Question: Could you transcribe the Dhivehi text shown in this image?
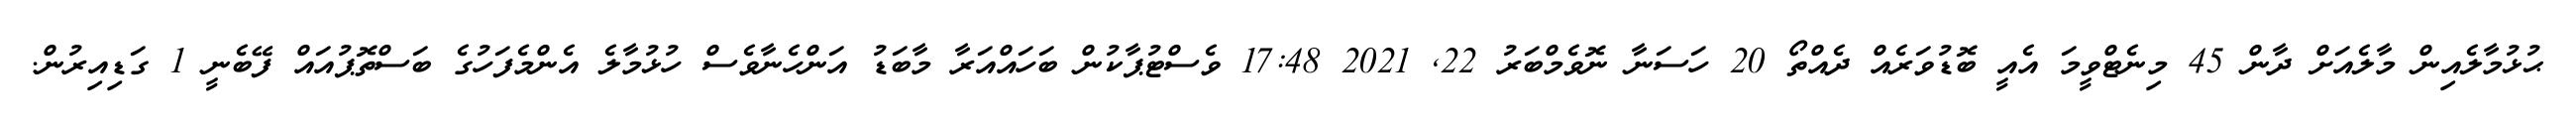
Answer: ޙުޅުމާލެއިން މާލެއަށް ދާން 45 މިނެޓްވީމަ އެއީ ބޮޑުވަރެއް ދެއްތޯ 20 ހަސަނާ ނޮވެމްބަރު 22, 2021 17:48 ވެސްޓުޕާކުން ބަހައްއަރާ މާބަޑު އަންހެނާވެސް ހުޅުމާލެ އެންމެފަހުގެ ބަސްތޮޕުއައް ފޭބެނީ 1 ގަޑިއިރުން.